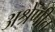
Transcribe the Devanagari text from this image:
अश्रेणीत